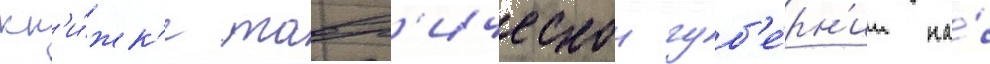
кн'и́жк'е тавр'ическои губ'е́рн'ии на́